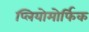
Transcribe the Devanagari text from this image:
प्लियोमोर्फिक